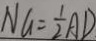
N G = \frac { 1 } { 2 } A D